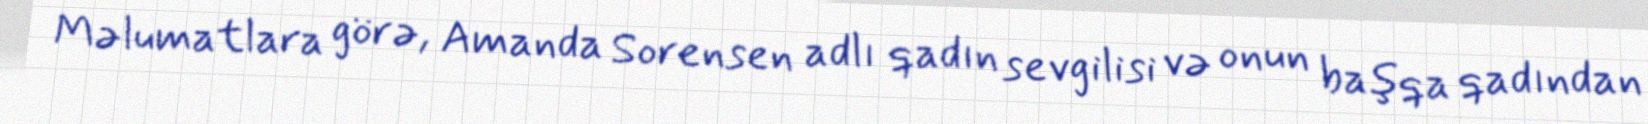
Məlumatlara görə, Amanda Sorensen adlı qadın sevgilisi və onun başqa qadından